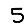
Digit: 5